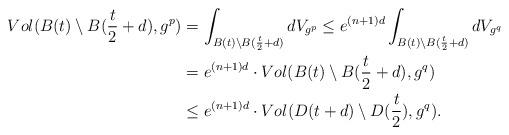
LaTeX: \begin{align*} \begin{aligned}Vol(B(t)\setminus B(\frac{t}{2}+d),g^p)&=\int_{B(t)\setminus B(\frac{t}{2}+d)}dV_{g^p}\leq e^{(n+1)d}\int_{B(t)\setminus B(\frac{t}{2}+d)}dV_{g^q}\\&=e^{(n+1)d}\cdot Vol(B(t)\setminus B(\frac{t}{2}+d),g^q)\\ &\leq e^{(n+1)d}\cdot Vol(D(t+d)\setminus D(\frac{t}{2}),g^q).\end{aligned}\end{align*}